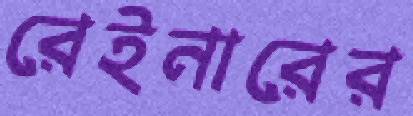
রেইনারের